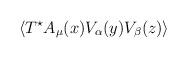
LaTeX: \begin{align*}\langle T^{\star} A_{\mu}(x)V_{\alpha}(y)V_{\beta}(z)\rangle\end{align*}